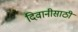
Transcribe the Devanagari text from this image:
दिवानीसाठी